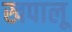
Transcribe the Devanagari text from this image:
खपालू